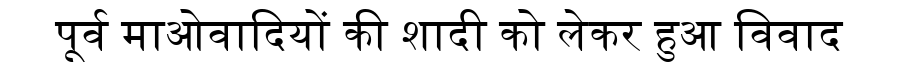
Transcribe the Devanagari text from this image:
पूर्व माओवादियों की शादी को लेकर हुआ विवाद